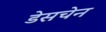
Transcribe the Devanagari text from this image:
डेसचेन